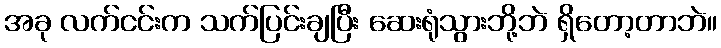
အခု လက်ငင်းက သက်ပြင်းချပြီး ဆေးရုံသွားဘို့ဘဲ ရှိတော့တာဘဲ။